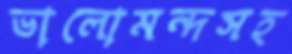
ভালোমন্দসহ